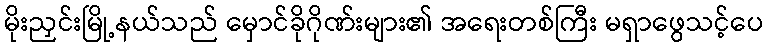
မိုးညှင်းမြို့နယ်သည် မှောင်ခိုဂိုဏ်းများ၏ အရေးတစ်ကြီး မရှာဖွေသင့်ပေ